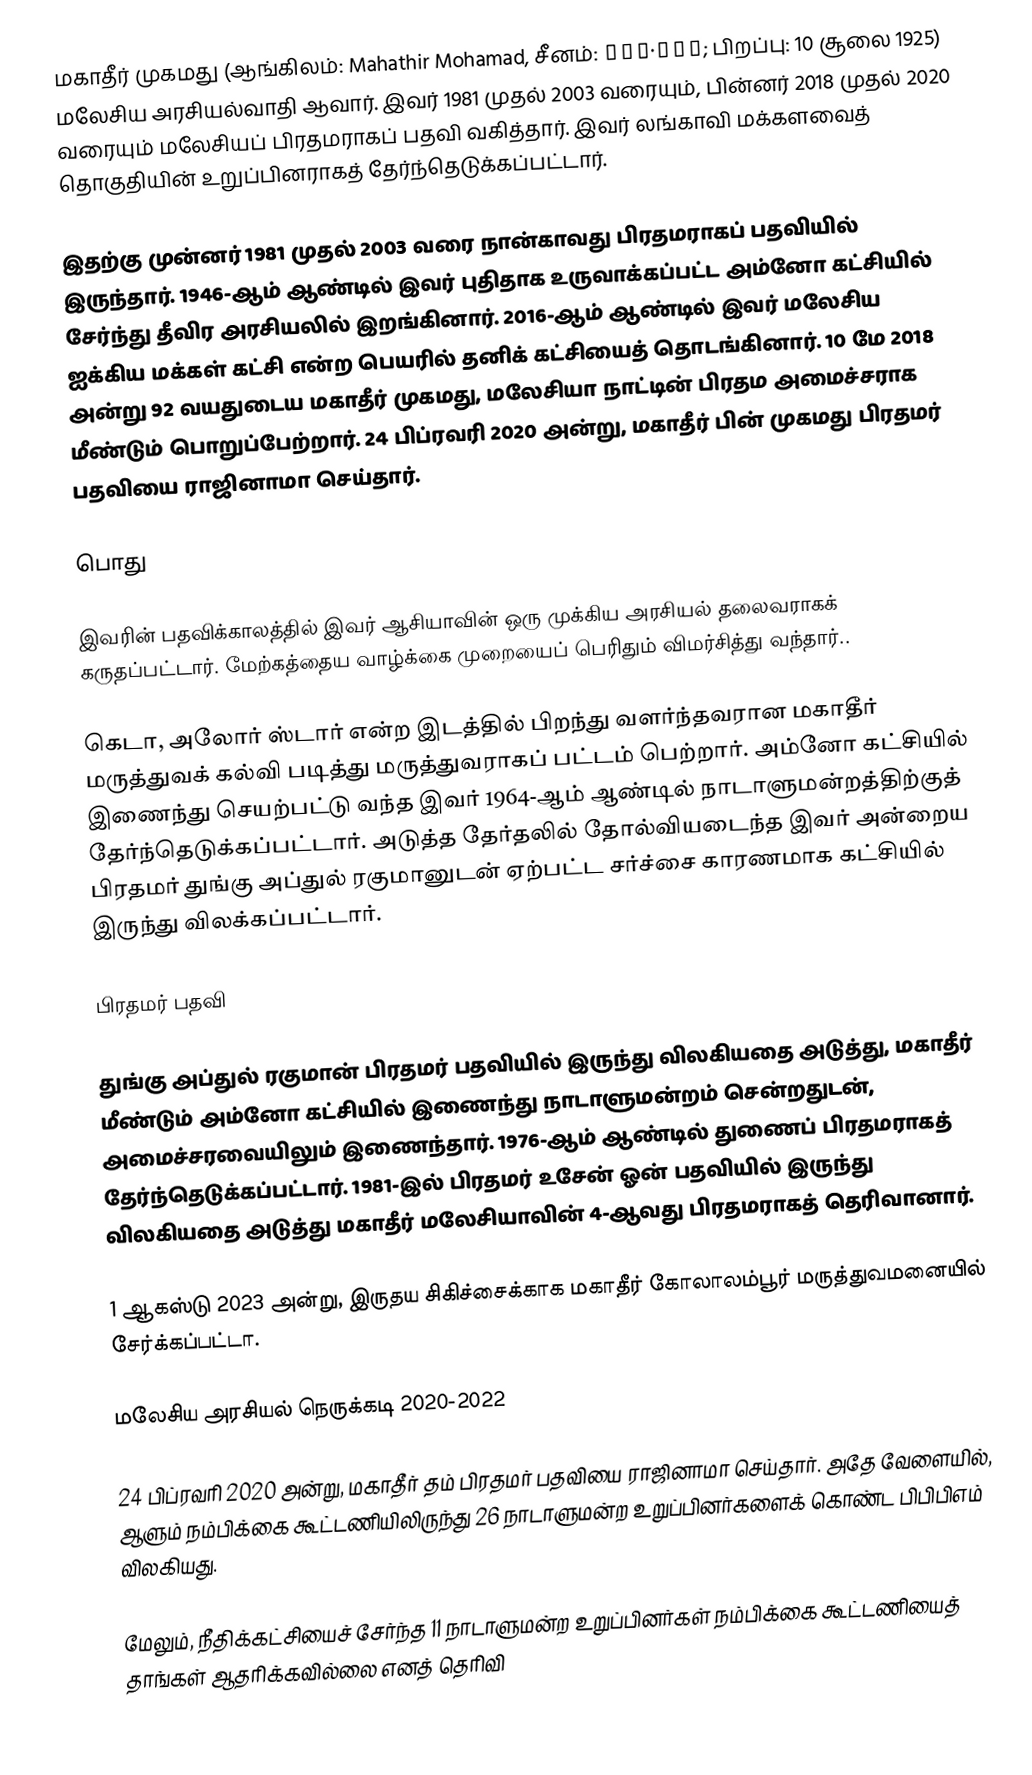
மகாதீர் முகமது (ஆங்கிலம்: Mahathir Mohamad, சீனம்: 马哈迪·莫哈末; பிறப்பு: 10 சூலை 1925) மலேசிய அரசியல்வாதி ஆவார். இவர் 1981 முதல் 2003 வரையும், பின்னர் 2018 முதல் 2020 வரையும் மலேசியப் பிரதமராகப் பதவி வகித்தார். இவர் லங்காவி மக்களவைத் தொகுதியின் உறுப்பினராகத் தேர்ந்தெடுக்கப்பட்டார்.

இதற்கு முன்னர் 1981 முதல் 2003 வரை நான்காவது பிரதமராகப் பதவியில் இருந்தார். 1946-ஆம் ஆண்டில் இவர் புதிதாக உருவாக்கப்பட்ட அம்னோ கட்சியில் சேர்ந்து தீவிர அரசியலில் இறங்கினார். 2016-ஆம் ஆண்டில் இவர் மலேசிய ஐக்கிய மக்கள் கட்சி என்ற பெயரில் தனிக் கட்சியைத் தொடங்கினார். 10 மே 2018 அன்று 92 வயதுடைய மகாதீர் முகமது, மலேசியா நாட்டின் பிரதம அமைச்சராக மீண்டும் பொறுப்பேற்றார். 24 பிப்ரவரி 2020 அன்று, மகாதீர் பின் முகமது பிரதமர் பதவியை ராஜினாமா செய்தார்.

பொது

இவரின் பதவிக்காலத்தில் இவர் ஆசியாவின் ஒரு முக்கிய அரசியல் தலைவராகக் கருதப்பட்டார். மேற்கத்தைய வாழ்க்கை முறையைப் பெரிதும் விமர்சித்து வந்தார்..

கெடா, அலோர் ஸ்டார் என்ற இடத்தில் பிறந்து வளர்ந்தவரான மகாதீர் மருத்துவக் கல்வி படித்து மருத்துவராகப் பட்டம் பெற்றார். அம்னோ கட்சியில் இணைந்து செயற்பட்டு வந்த இவர் 1964-ஆம் ஆண்டில் நாடாளுமன்றத்திற்குத் தேர்ந்தெடுக்கப்பட்டார். அடுத்த தேர்தலில் தோல்வியடைந்த இவர் அன்றைய பிரதமர் துங்கு அப்துல் ரகுமானுடன் ஏற்பட்ட சர்ச்சை காரணமாக கட்சியில் இருந்து விலக்கப்பட்டார்.

பிரதமர் பதவி

துங்கு அப்துல் ரகுமான் பிரதமர் பதவியில் இருந்து விலகியதை அடுத்து, மகாதீர் மீண்டும் அம்னோ கட்சியில் இணைந்து நாடாளுமன்றம் சென்றதுடன், அமைச்சரவையிலும் இணைந்தார். 1976-ஆம் ஆண்டில் துணைப் பிரதமராகத் தேர்ந்தெடுக்கப்பட்டார். 1981-இல் பிரதமர் உசேன் ஓன் பதவியில் இருந்து விலகியதை அடுத்து மகாதீர் மலேசியாவின் 4-ஆவது பிரதமராகத் தெரிவானார்.

1 ஆகஸ்டு 2023 அன்று, இருதய சிகிச்சைக்காக மகாதீர் கோலாலம்பூர் மருத்துவமனையில் சேர்க்கப்பட்டா.

மலேசிய அரசியல் நெருக்கடி 2020-2022

24 பிப்ரவரி 2020 அன்று, மகாதீர் தம் பிரதமர் பதவியை ராஜினாமா செய்தார். அதே வேளையில், ஆளும் நம்பிக்கை கூட்டணியிலிருந்து 26 நாடாளுமன்ற உறுப்பினர்களைக் கொண்ட பிபிபிஎம் விலகியது.

மேலும், நீதிக்கட்சியைச் சேர்ந்த 11 நாடாளுமன்ற உறுப்பினர்கள் நம்பிக்கை கூட்டணியைத் தாங்கள் ஆதரிக்கவில்லை எனத் தெரிவி